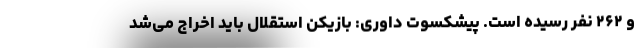
و ۲۶۲ نفر رسیده است. پیشکسوت داوری: بازیکن استقلال باید اخراج می‌شد